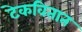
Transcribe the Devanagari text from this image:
टेकवितात